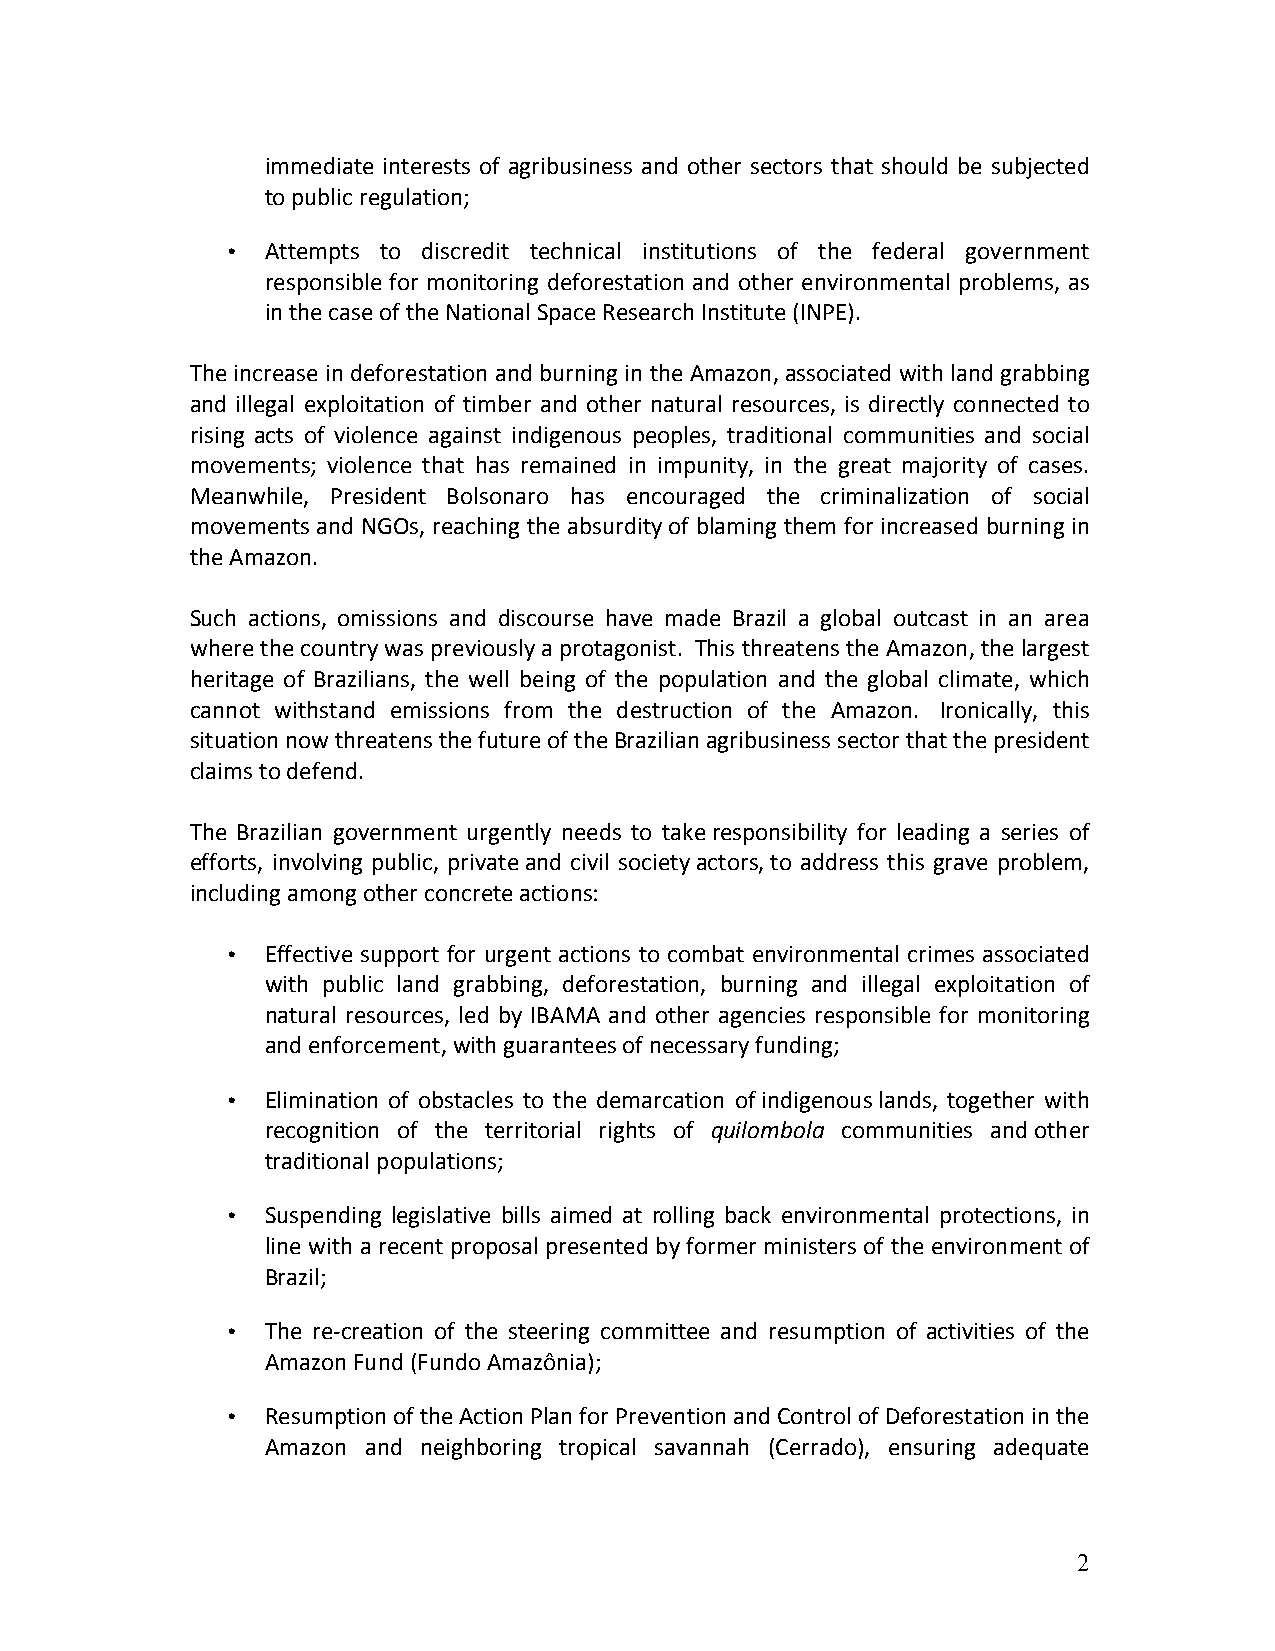
immediate interests of agribusiness and other sectors that should be subjected
 to public regulation;
 •  Attempts to discredit technical institutions of the federal government
 responsible for monitoring deforestation and other environmental problems, as
 in the case of the National Space Research Institute (INPE).
 The increase in deforestation and burning in the Amazon, associated with land grabbing
 and illegal exploitation of timber and other natural resources, is directly connected to
 rising acts of violence against indigenous peoples, traditional communities and social
 movements; violence that has remained in impunity, in the great majority of cases.
 Meanwhile, President Bolsonaro has encouraged the criminalization of social
 movements and NGOs, reaching the absurdity of blaming them for increased burning in
 the Amazon.
 Such actions, omissions and discourse have made Brazil a global outcast in an area
 where the country was previously a protagonist. This threatens the Amazon, the largest
 heritage of Brazilians, the well being of the population and the global climate, which
 cannot withstand emissions from the destruction of the Amazon. Ironically, this
 situation now threatens the future of the Brazilian agribusiness sector that the president
 claims to defend.
 The Brazilian government urgently needs to take responsibility for leading a series of
 efforts, involving public, private and civil society actors, to address this grave problem,
 including among other concrete actions:
 •  Effective support for urgent actions to combat environmental crimes associated
 with public land grabbing, deforestation, burning and illegal exploitation of
 natural resources, led by IBAMA and other agencies responsible for monitoring
 and enforcement, with guarantees of necessary funding;
 •  Elimination of obstacles to the demarcation of indigenous lands, together with
 recognition of the territorial rights of quilombola communities and other
 traditional populations;
 •  Suspending legislative bills aimed at rolling back environmental protections, in
 line with a recent proposal presented by former ministers of the environment of
 Brazil;
 •  The re-creation of the steering committee and resumption of activities of the
 Amazon Fund (Fundo Amazônia);
 •  Resumption of the Action Plan for Prevention and Control of Deforestation in the
 Amazon and neighboring tropical savannah (Cerrado), ensuring adequate
 2